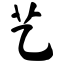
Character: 艺